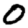
Digit: 0